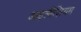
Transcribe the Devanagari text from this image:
आइलीज़ियम